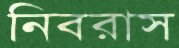
নিবরাস